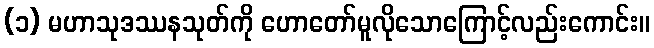
(၁) မဟာသုဒဿနသုတ်ကို ဟောတော်မူလိုသောကြောင့်လည်းကောင်း။